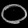
Digit: ၀